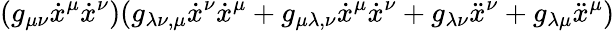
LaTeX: (g_{\mu\nu}{\dot{x}}^{\mu}{\dot{x}}^{\nu})(g_{\lambda\nu,\mu}{\dot{x}}^{\nu}{\dot{x}}^{\mu}+g_{\mu\lambda,\nu}{\dot{x}}^{\mu}{\dot{x}}^{\nu}+g_{\lambda\nu}{\ddot{x}}^{\nu}+g_{\lambda\mu}{\ddot{x}}^{\mu})